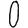
Digit: 0